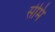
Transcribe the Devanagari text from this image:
सेमि